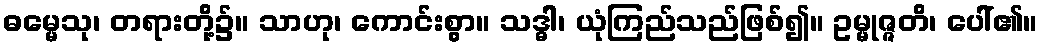
ဓမ္မေသု၊ တရားတို့၌။ သာဟု၊ ကောင်းစွာ။ သဒ္ဓါ၊ ယုံကြည်သည်ဖြစ်၍။ ဥမ္မုဇ္ဇတိ၊ ပေါ်၏။